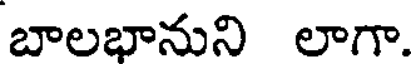
బాలభానుని లాగా.